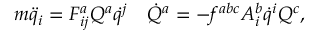
m \ddot { q } _ { i } = F _ { i j } ^ { a } Q ^ { a } \dot { q } ^ { j } \quad \dot { Q } ^ { a } = - f ^ { a b c } A _ { i } ^ { b } \dot { q } ^ { i } Q ^ { c } ,